Vaccination in Burma 1900-1911 - 1900-1911
Year: 1900
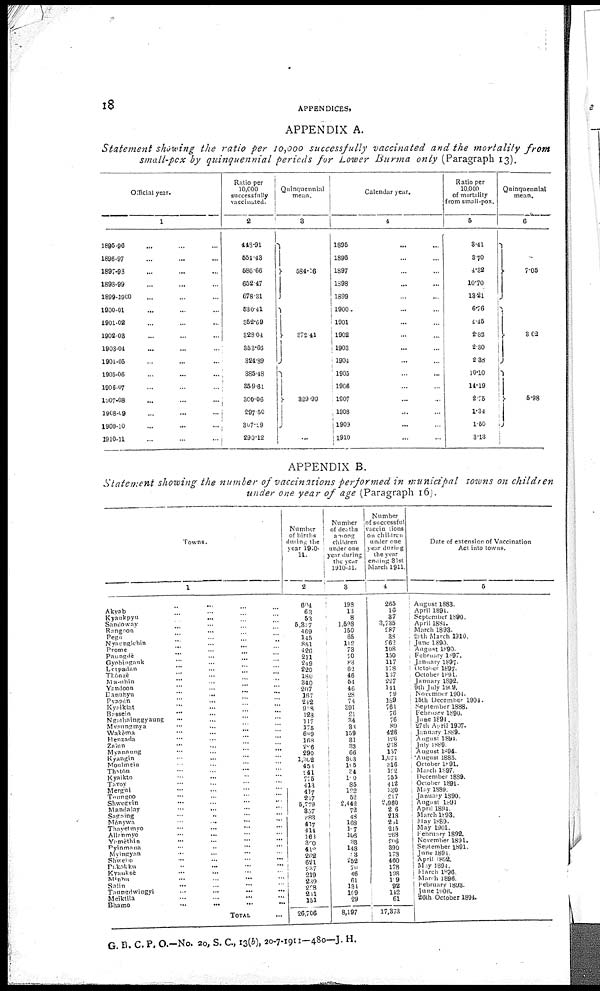
1
APPENDICES.
APPENDIX A.
Statement showing the ratio per 10,000 successfully vaccinated and the mortality from
small-pox by quinquennial periods for Lower Burma only (Paragraph 13).
Official year.
1
1895-96 ... ... ...
1896-97 ... ... ...
1897-98 ... ... ...
1898-99 ... ... ...
1899-1900 ... ... ...
1900-01 ... ... ...
1901-02 ... ... ...
1902-03 ... ... ...
1903-04 ... ... ...
1904-05 ... ... ...
1905-06 ... ... ...
1906-07 ... ... ...
1907-08
...
...
...
1908-09
...
...
...
1909-10
...
...
...
1910-11
...
...
...
Ratio per
10,000
successfully
vaccinated.
2
448.91
454.43
586.66
652.47
678.31
530.41
352.69
328.04
353.66
321.89
385.48
359.61
300.06
297.50
307.29
290.12
Quinquennial
mean.
3
584.16
372.41
329.99
...
Calendar year.
4
1895 ... ...
1896 ... ...
1897 ... ...
1898 ... ...
1899 ... ...
1900 ... ...
1901 ... ...
1902 ... ...
1903 ... ...
1904 ... ...
1905 ... ...
1906 ... ...
1907 ... ...
1908 ... ...
1909 ... ...
1910 ... ...
Ratio per
10,000
of mortality
from small-pox.
5
3.41
3.70
4.32
10.70
13.21
6.76
4.45
2.82
2.30
2.38
10.10
14.19
2.75
1.34
1.50
3.13
Quinquennial
mean.
6
7.05
3.62
5.98
APPENDIX B.
Statement showing the number of vaccinations performed in municipal towns on children
under one year of age (Paragraph 16).
Towns.
1
Akyab ... ... ... ...
Kyaukpyu ... ... ... ...
Sandoway ... ... ... ...
Rangoon ... ... ... ...
Pegu ... ... ... ...
Nyaunglebin ... ... ... ...
Prome ... ... ... ...
Paungdè ... ... ... ...
Gyobingauk ... ... ... ...
Letpadan ... ... ... ...
Thônzè ... ... ... ...
Ma-ubin ... ... ... ...
Yandoon ... ... ... ...
Danubyu ... ... ... ...
Pyapón ... ... ... ...
Kyaikiat ... ... ... ...
Bassein ... ... ... ...
Ngarhainggyaung ... ... ... ...
Mvaungmya ... ... ... ...
Wakèma ... ... ... ...
Henzada ... ... ... ...
Zaiun ... ... ... ...
Myanaung ... ... ... ...
Kyangin ... ... ... ...
Moulmein ... ... ... ...
Thatôn ... ... ... ...
Kyaikto ... ... ... ...
Tavoy ... ... ... ...
Mergui ... ... ... ...
Toungoo ... ... ... ...
Shwegyin ... ... ... ...
Mandalay ... ... ... ...
Sagaing ... ... ... ...
Mônywa ... ... ... ...
Thayetmyo ... ... ... ...
Allanmyo ... ... ... ...
Yamèthin ... ... ... ...
Pyinmana ... ... ... ...
Myingyan ... ... ... ...
Shwebo ... ... ... ...
Pakôkku ... ... ... ...
Kyaukoè ... ... ... ...
Minbu
...
...
...
...
Salin
...
... ... ...
Taungdwingyi
...
...
...
...
Meiktila ... ... ... ...
Bhamo
...
...
...
...
TOTAL ...
Number
of births
during the
year 1910-
11.
2
604
63
53
5,317
469
145
851
426
211
249
220
180
340
207
167
242
918
128
117
175
689
168
286
290
1,302
453
241
775
413
417
217
5,779
857
283
417
414
168
300
412
262
621
237
219
239 298
211
151
26,706
Number
of deaths
among
children
under one
year during
the year
1910-11.
3
198
13
8
1,598
150
65
112
73
70
83
62
46
54
46
28
74
391
21
34
38
159
31
33
66
363
105
34
110
85
122
52
2,442
72
48
168
187
106
33
148
23
252
76
46
61
134
109
29
8,197
Number
of successful
vaccinations
on children
under one
year during
the year
ending 31st
March 1911.
4
265
16
37
3,735
287
38
262
108
150
117
178
137
227
141
79
189
761
76
76
89
426
126
238
157
1,074
316
122
755
412
330
217
2,960
216
218
231
215
268
206
390
178
460
178
198
119
92
142
61
17,373
Date of extension of Vaccination
Act into towns.
5
August 1883.
April 1894.
September 1890.
April 1884.
March 1893.
29th March 1910.
June 1890.
August 1890.
February 1897.
January 1897.
October 1897.
October 1891.
January 1892.
9th July 1909.
November 1904.
15th December 1904.
September 1888.
February 1890.
June 1894.
27th April 1907.
January 1889.
August 1894.
July 1889.
August 1894.
August 1885.
October 1891.
March 1897.
December 1889.
October 1891.
May 1889.
January 1890.
August 1891
April 1894.
March 1893.
May 1889.
May 1901.
February 1892.
November 1891.
September 1891.
June 1894.
April 1892.
May 1894.
March 1896.
March
1896.
February 1893.
June 1906.
26th October 1894.
G. B. C. P. O.-No. 20, S. C., 13(b), 20-7-1911-480—J. H.